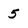
Character: 5